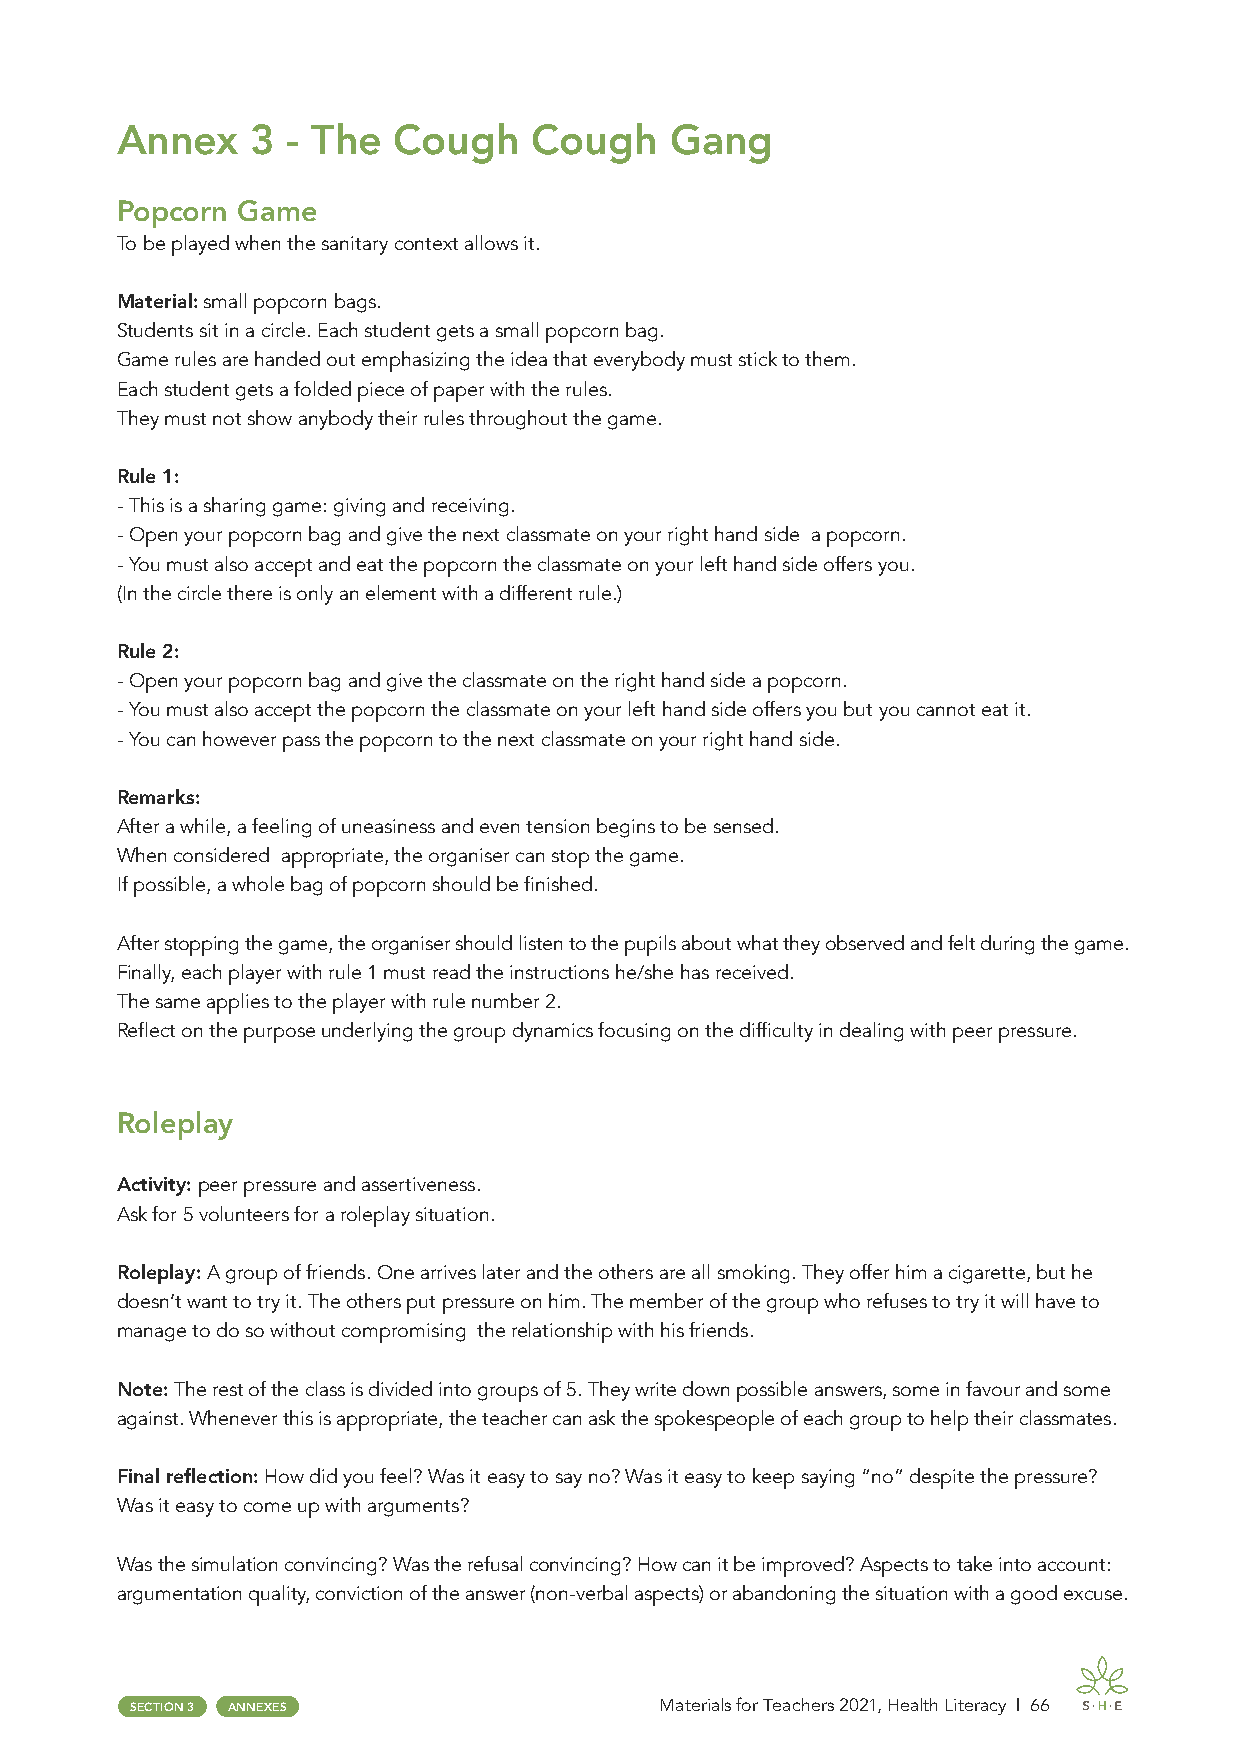
Annex    3 - The  Cough    Cough    Gang
 Popcorn Game
 To be played when the sanitary context allows it.
 Material: small popcorn bags.
 Students sit in a circle. Each student gets a small popcorn bag.
 Game rules are handed out emphasizing the idea that everybody must stick to them.
 Each student gets a folded piece of paper with the rules.
 They must not show anybody their rules throughout the game.
 Rule 1:
 - This is a sharing game: giving and receiving.
 - Open your popcorn bag and give the next classmate on your right hand side a popcorn.
 - You must also accept and eat the popcorn the classmate on your left hand side offers you.
 (In the circle there is only an element with a different rule.)
 Rule 2:
 - Open your popcorn bag and give the classmate on the right hand side a popcorn.
 - You must also accept the popcorn the classmate on your left hand side offers you but you cannot eat it.
 - You can however pass the popcorn to the next classmate on your right hand side.
 Remarks:
 After a while, a feeling of uneasiness and even tension begins to be sensed.
 When considered appropriate, the organiser can stop the game.
 If possible, a whole bag of popcorn should be finished.
 After stopping the game, the organiser should listen to the pupils about what they observed and felt during the game.
 Finally, each player with rule 1 must read the instructions he/she has received.
 The same applies to the player with rule number 2.
 Reflect on the purpose underlying the group dynamics focusing on the difficulty in dealing with peer pressure.
 Roleplay
 Activity: peer pressure and assertiveness.
 Ask for 5 volunteers for a roleplay situation.
 Roleplay: A group of friends. One arrives later and the others are all smoking. They offer him a cigarette, but he
 doesn’t want to try it. The others put pressure on him. The member of the group who refuses to try it will have to
 manage to do so without compromising the relationship with his friends.
 Note: The rest of the class is divided into groups of 5. They write down possible answers, some in favour and some
 against. Whenever this is appropriate, the teacher can ask the spokespeople of each group to help their classmates.
 Final reflection: How did you feel? Was it easy to say no? Was it easy to keep saying “no” despite the pressure?
 Was it easy to come up with arguments?
 Was the simulation convincing? Was the refusal convincing? How can it be improved? Aspects to take into account:
 argumentation quality, conviction of the answer (non-verbal aspects) or abandoning the situation with a good excuse.
 SECTION 3 ANNEXES                  Materials for Teachers 2021, Health Literacy | 66